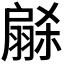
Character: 𭠋